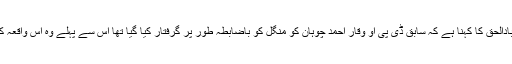
لاہور سے نامہ نگار عبادالحق کا کہنا ہے کہ سابق ڈی پی او وقار احمد چوہان کو منگل کو باضابطہ طور پر گرفتار کیا گیا تھا اس سے پہلے وہ اس واقعہ کے باعث نظر بند تھے۔